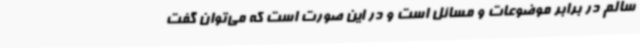
سالم در برابر موضوعات و مسائل است و در این صورت است که می‌توان گفت